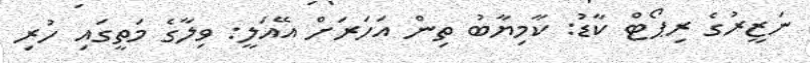
ނަޒީރުގެ ރިޕޯޓް ކާޑު: ކާމިޔާބު ތިން އަހަރަށް އޭއަލީ: ވިލާގެ މަތީގައި ހުރި